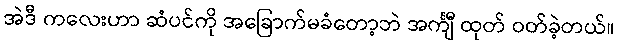
အဲဒီ ကလေးဟာ ဆံပင်ကို အခြောက်မခံတော့ဘဲ အင်္ကျီ ထုတ် ဝတ်ခဲ့တယ်။